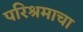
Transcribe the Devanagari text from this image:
परिश्रमाचा